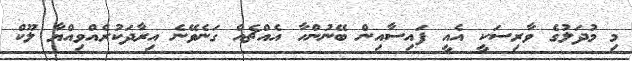
މި މުދަލުގެ ވާރިސަކީ އެއީ ފައިސާއިން ބޭނުންހާ އެއްޗެއް ގަނެވޭނެ އިރާދަކުރެއްވިއްޔާ ލޫކް